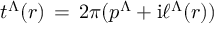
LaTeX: t ^ { \Lambda } ( r ) \, = \, 2 \pi ( p ^ { \Lambda } + \mathrm { i } \ell ^ { \Lambda } ( r ) ) \nonumber \,